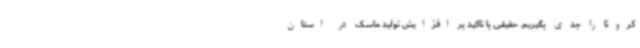
کرونا را جدی بگیریم. حقیقی با تاکید بر افزایش تولید ماسک در استان